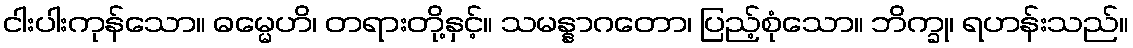
ငါးပါးကုန်သော။ ဓမ္မေဟိ၊ တရားတို့နှင့်။ သမန္နာဂတော၊ ပြည့်စုံသော။ ဘိက္ခု၊ ရဟန်းသည်။